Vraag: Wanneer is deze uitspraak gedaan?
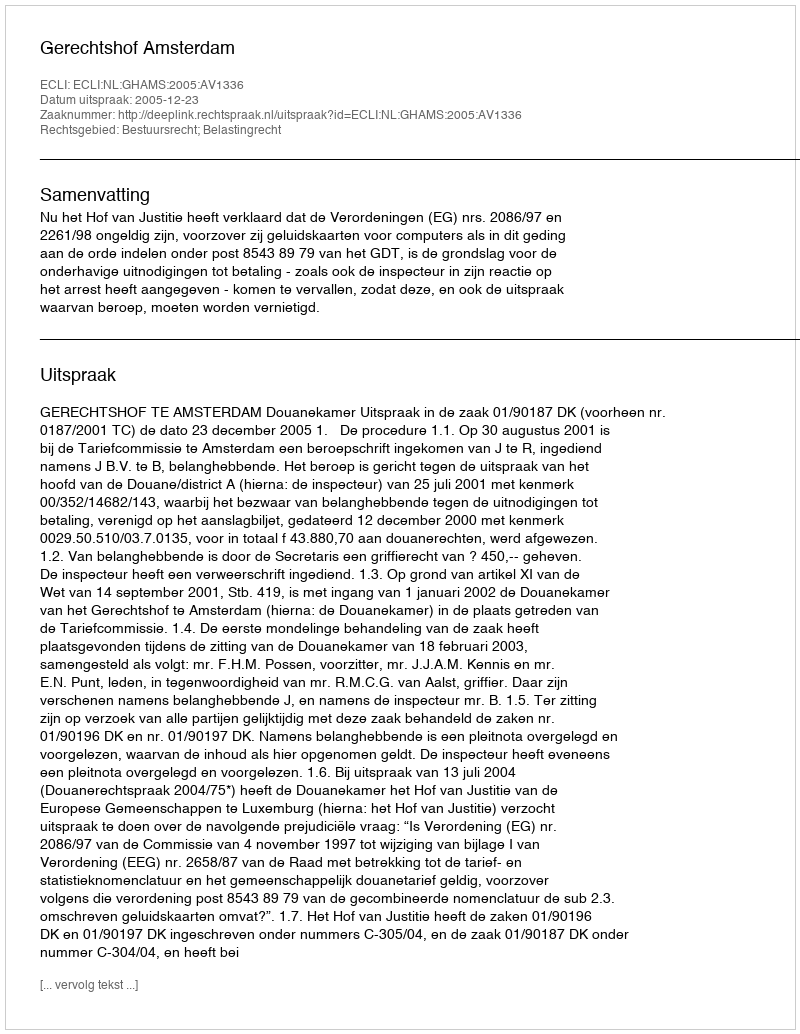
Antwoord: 2005-12-23